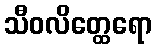
သီဝလိတ္ထေရော